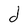
Character: d